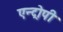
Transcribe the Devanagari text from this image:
एन्ट्रोपी